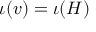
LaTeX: \iota ( v ) = \iota ( H )